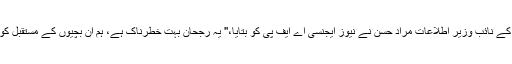
اس جنوبی ایشائی ملک کے نائب وزیر اطلاعات مراد حسن نے نیوز ایجنسی اے ایف پی کو بتایا،'' یہ رجحان بہت خطرناک ہے، ہم ان بچیوں کے مستقبل کو داؤ پر نہیں لگا سکتے۔